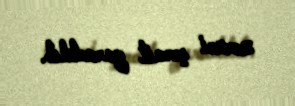
zəruri şərait yaradılıb.